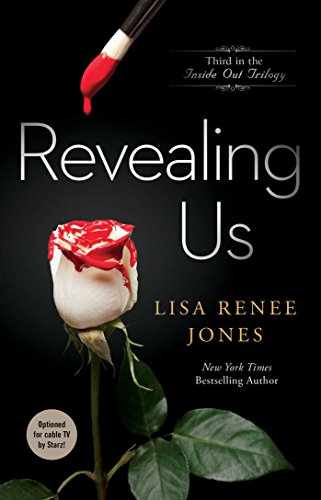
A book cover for Revealing Us (The Inside Out Series); Lisa Renee Jones; Romance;